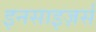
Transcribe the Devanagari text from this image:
इनसाइज़र्स